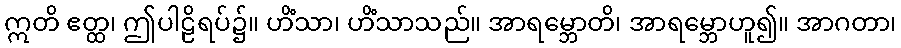
ဣတိ ဧတ္ထ၊ ဤပါဠိရပ်၌။ ဟိံသာ၊ ဟိံသာသည်။ အာရမ္ဘောတိ၊ အာရမ္ဘောဟူ၍။ အာဂတာ၊